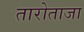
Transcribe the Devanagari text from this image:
तारोताजा